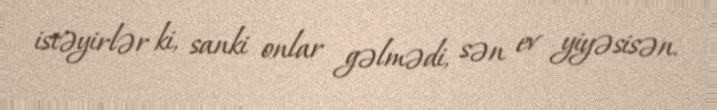
istəyirlər ki, sanki onlar gəlmədi, sən ev yiyəsisən.